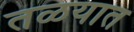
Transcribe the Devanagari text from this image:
तळयात